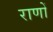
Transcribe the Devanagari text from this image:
राणों